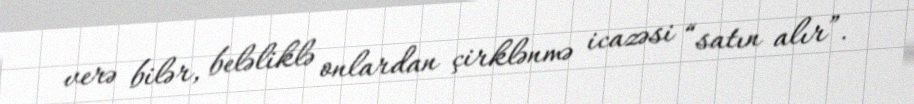
verə bilər, beləliklə onlardan çirklənmə icazəsi “satın alır”.